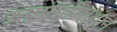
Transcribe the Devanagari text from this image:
उत्पत्तीस्थान